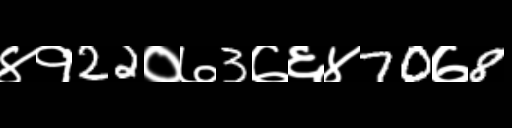
Text: ४१22०७3७६४70७8